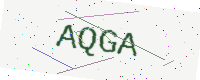
Text: AQGA